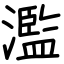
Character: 濫